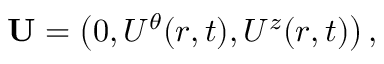
{ \bf { U } } = \left( { 0 , U ^ { \theta } ( r , t ) , U ^ { z } ( r , t ) } \right) ,